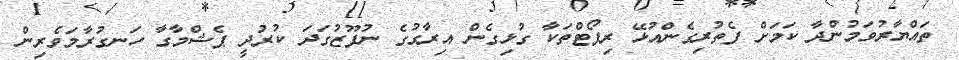
ތައްޔާރުވަމުންދާ ކަމަށް ފެތުރިގެންއުޅޭ ރިޕޯޓްތަކާ ގުޅިގެން އިރާގުގެ ނުފޫޒުގަދަ ކުރުދީ ޕެޝްމާގާ ހަނގުރާމަވެރިން